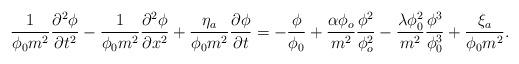
LaTeX: \begin{align*}\frac{1}{\phi_0 m^2}\frac{\partial^2\phi}{\partial t^2}-\frac{1}{\phi_0 m^2}\frac{\partial^2\phi}{\partial x^2}+\frac{\eta_a}{\phi_0 m^2}\frac{\partial\phi}{\partial t}=-\frac{\phi}{\phi_0}+\frac{\alpha\phi_o}{m^2}\frac{\phi^2}{\phi_o^2}-\frac{\lambda\phi_0^2}{m^2}\frac{\phi^3}{\phi_0^3}+\frac{\xi_a}{\phi_0 m^2}. \end{align*}